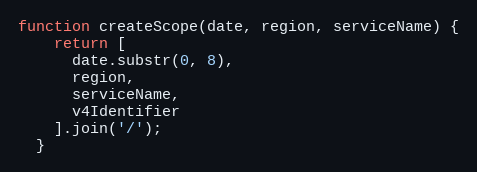
Language: JavaScript
function createScope(date, region, serviceName) {
    return [
      date.substr(0, 8),
      region,
      serviceName,
      v4Identifier
    ].join('/');
  }